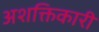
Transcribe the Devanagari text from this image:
अशक्तिकारी